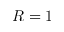
R = 1